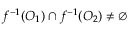
f ^ { - 1 } ( O _ { 1 } ) \cap f ^ { - 1 } ( O _ { 2 } ) \neq \emptyset